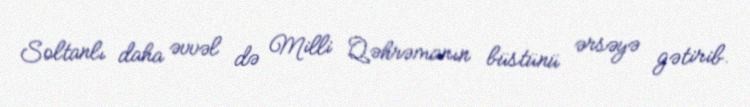
Soltanlı daha əvvəl də Milli Qəhrəmanın büstünü ərsəyə gətirib.